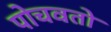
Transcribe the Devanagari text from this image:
पोचवतो